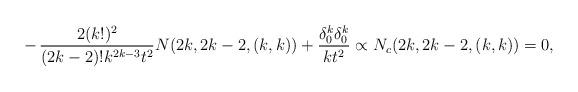
LaTeX: \begin{align*}-\,{2 (k!)^2 \over (2k-2)! k^{2k-3} t^2} N(2k,2k-2,(k,k)) + {\delta^k_0\delta^k_0\over kt^2} \propto N_c(2k,2k-2, (k,k)) =0,\end{align*}